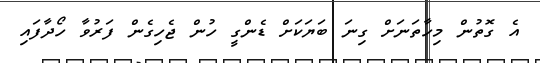
އެ ގޮތުން މިހާތަނަށް ގިނަ ބަޔަކަށް ޑެންގީ ހުން ޖެހިގެން ފަރުވާ ހޯދާފައި